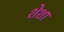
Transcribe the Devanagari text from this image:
शेशा